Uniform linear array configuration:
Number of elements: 48
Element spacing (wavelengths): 0.75
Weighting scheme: uniform
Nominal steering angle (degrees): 0
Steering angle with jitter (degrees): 0.04565
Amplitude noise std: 0.05
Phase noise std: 0.05

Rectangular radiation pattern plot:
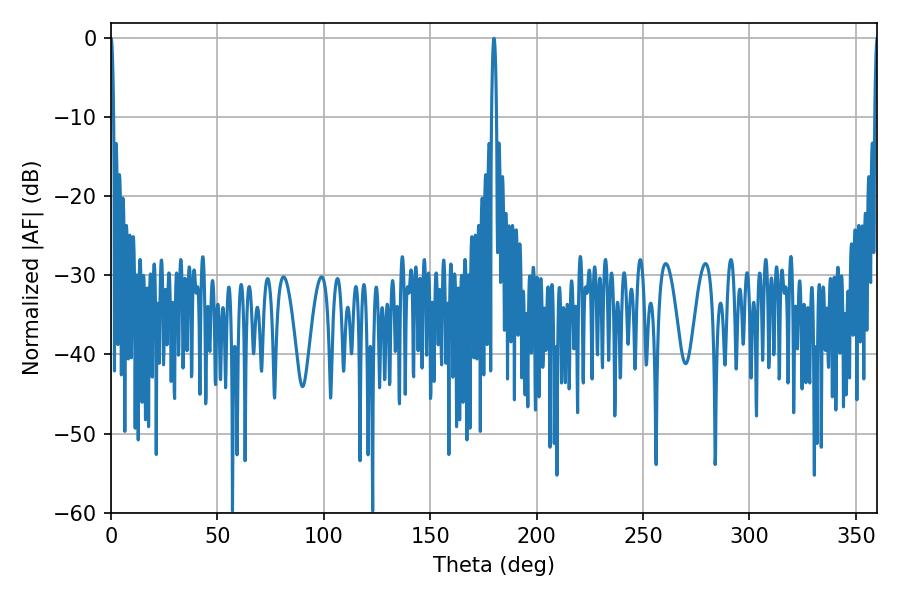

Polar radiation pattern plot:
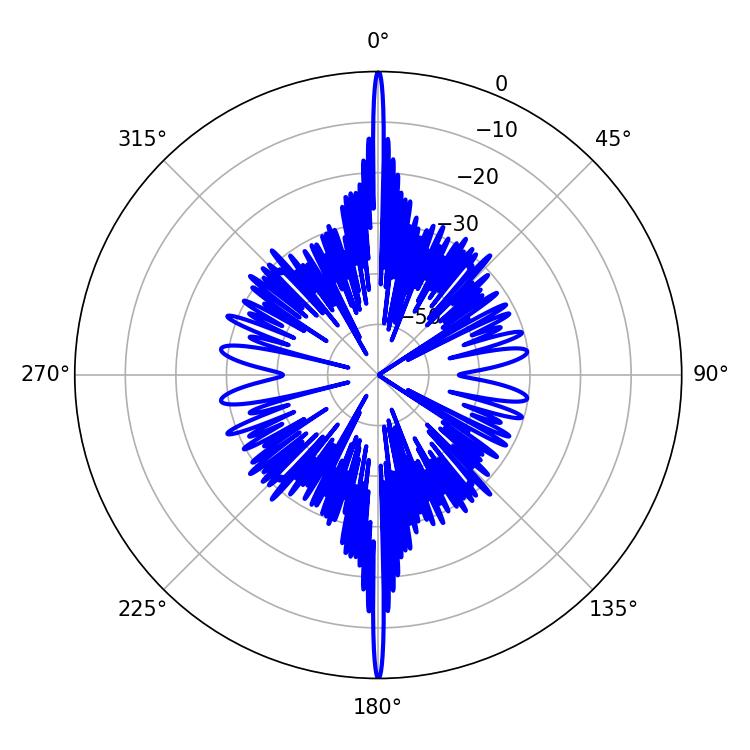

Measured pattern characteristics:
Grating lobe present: TRUE
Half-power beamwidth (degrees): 1.26
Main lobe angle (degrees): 180